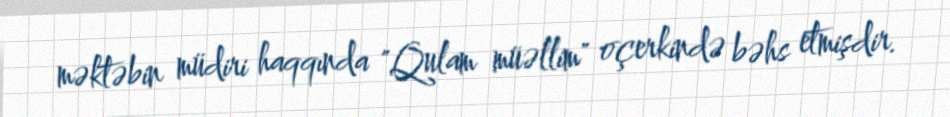
məktəbin müdiri haqqında "Qulam müəllim" oçerkində bəhs etmişdir.